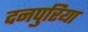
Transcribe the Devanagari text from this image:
दनपुरिया